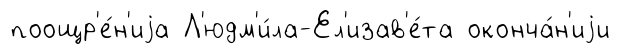
поощр'е́н'иjа Л'юдм'и́ла-Ел'изав'е́та оконча́н'иjи